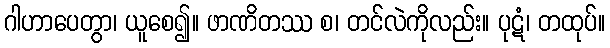
ဂါဟာပေတွာ၊ ယူစေ၍။ ဖာဏိတဿ စ၊ တင်လဲကိုလည်း။ ပုဋံ၊ တထုပ်။